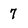
Character: 7